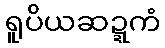
ရူပိယဆဍ္ဍကံ